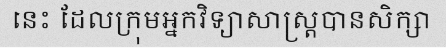
នេះ ដែលក្រុមអ្នកវិទ្យាសាស្ត្របានសិក្សា